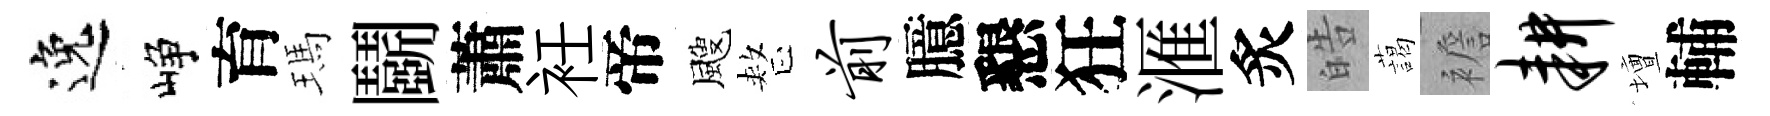
逸峥育瑪鬬蕭衽帝颼整前臆懇狂滙炙皓藹襜耕壇輔